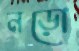
নড়ো